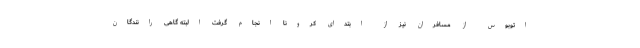
اتوبوس از مسافران نیز از ابتدای کرونا انجام گرفت البته گاهی رانندگان